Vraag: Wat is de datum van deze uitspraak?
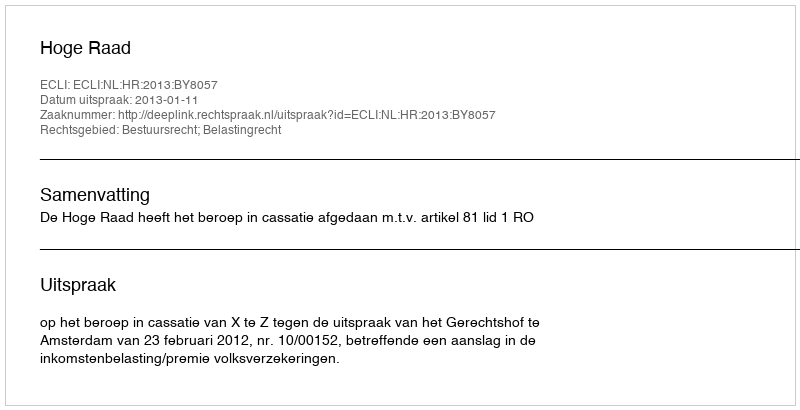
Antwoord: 2013-01-11